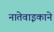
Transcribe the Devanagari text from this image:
नातेवाइकाने